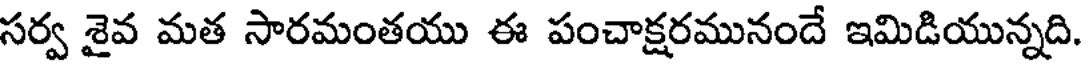
సర్వ శైవ మత సారమంతయు ఈ పంచాక్షరమునందే ఇమిడియున్నది